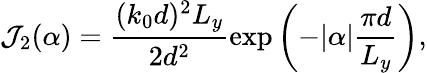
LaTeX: \mathcal{J}_{2}(\alpha)=\frac{(k_{0}d)^{2}L_{y}}{2d^{2}}\exp{\left(-|\alpha|\frac{\pi d}{L_{y}}\right)},